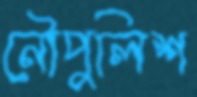
নৌপুলিশ